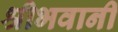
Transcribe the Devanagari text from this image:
श्रीभवानी